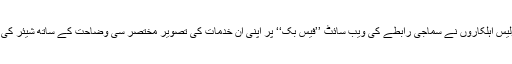
مؤخر الذکر سٹوری کے مطابق جب پولیس اہلکاروں نے سماجی رابطے کی ویب سائٹ ’’فیس بُک‘‘ پر اپنی ان خدمات کی تصویر مختصر سی وضاحت کے ساتھ شیئر کی، تو 95 ہزار لوگوں نے اسے پسند کیا۔